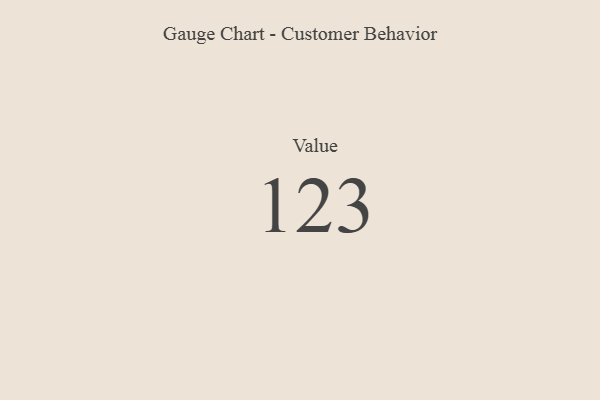
{"axis": {"x": "Metric", "y": "Value"}, "legend": [""], "data": [{"x": "Value", "y": 123, "type": ""}]}